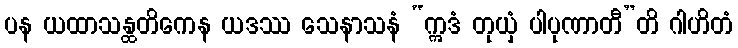
ပန ယထာသန္ထတိကေန ယဒဿ သေနာသနံ “ဣဒံ တုယှံ ပါပုဏာတီ”တိ ဂါဟိတံ